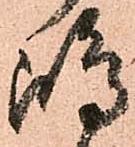
嶋